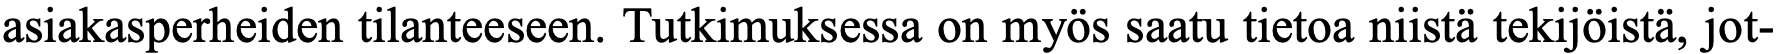
asiakasperheiden tilanteeseen. Tutkimuksessa on myös saatu tietoa niistä tekijöistä, jot-